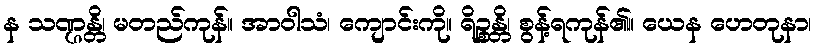
န သဏ္ဌန္တိ၊ မတည်ကုန်။ အာဝါသံ၊ ကျောင်းကို။ ရိဉ္စန္တိ၊ စွန့်ရကုန်၏။ ယေန ဟေတုနာ၊